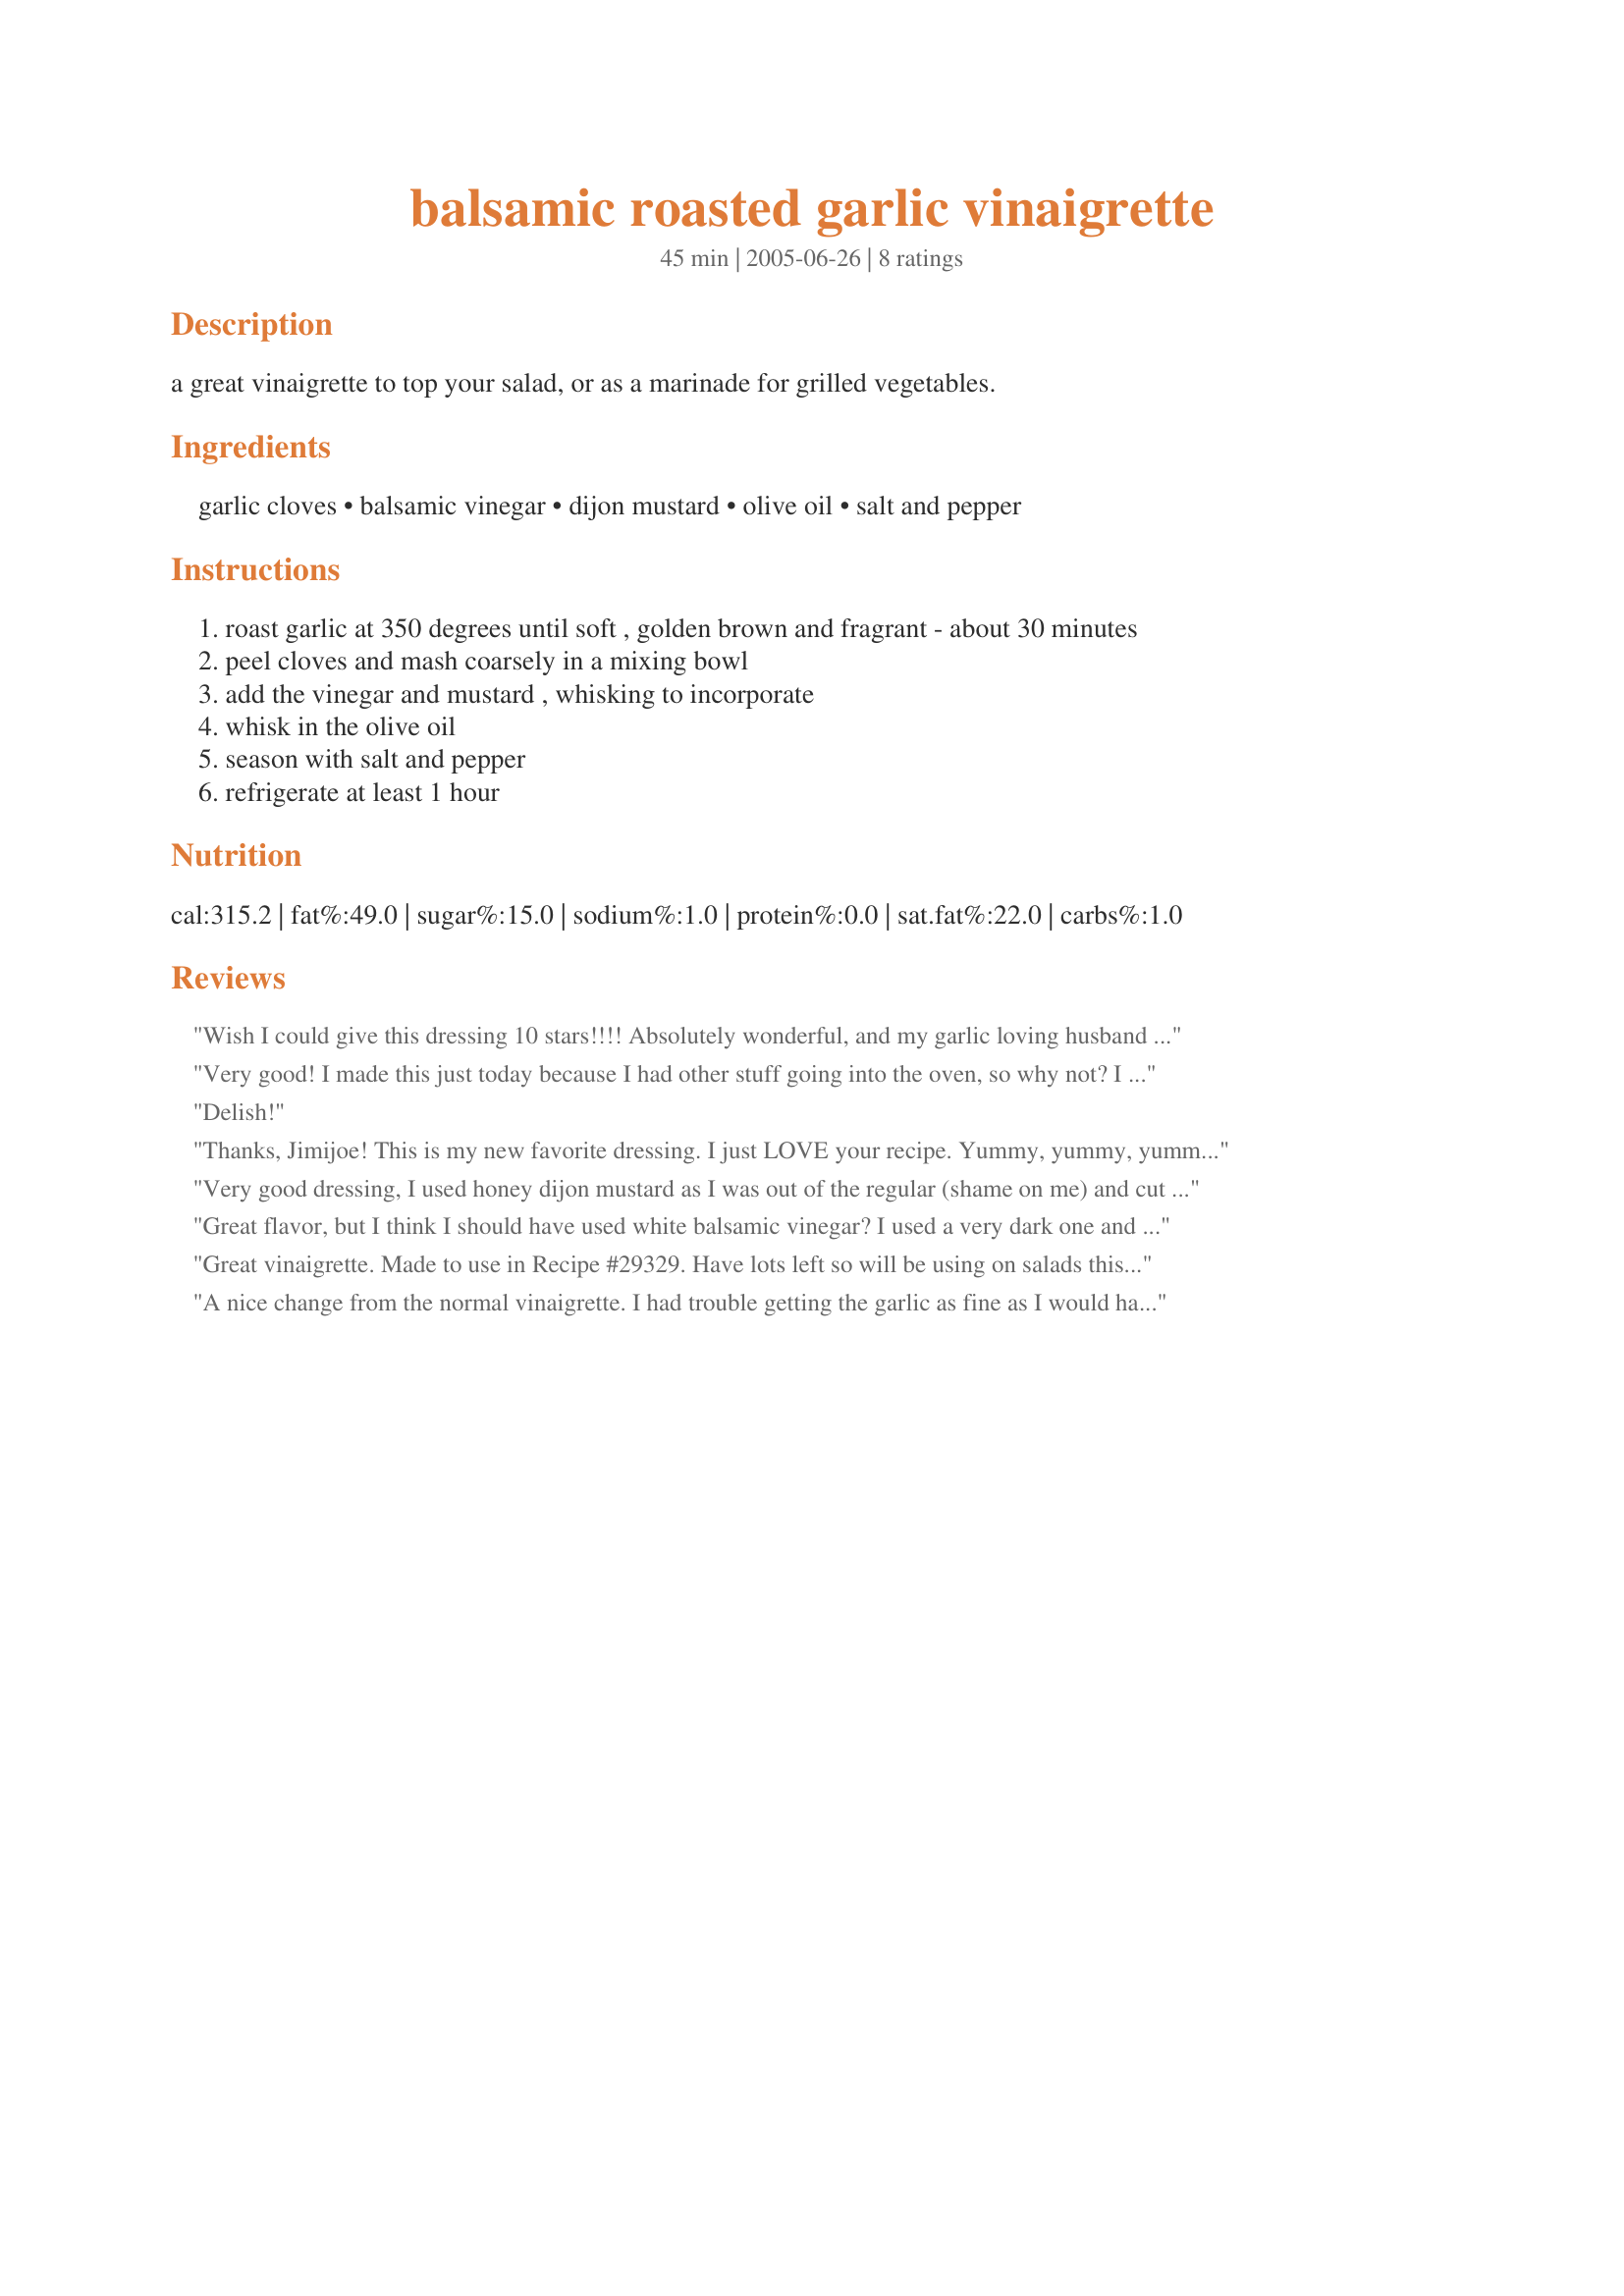
balsamic roasted garlic vinaigrette
Preparation time: 45 minutes

a great vinaigrette to top your salad, or as a marinade for grilled vegetables.

Ingredients:
garlic cloves, balsamic vinegar, dijon mustard, olive oil, salt and pepper

Steps:
roast garlic at 350 degrees until soft , golden brown and fragrant - about 30 minutes
peel cloves and mash coarsely in a mixing bowl
add the vinegar and mustard , whisking to incorporate
whisk in the olive oil
season with salt and pepper
refrigerate at least 1 hour

Reviews:
Wish I could give this dressing 10 stars!!!! Absolutely wonderful, and my garlic loving husband "demanded" that I make this all the time . I also just threw the garlic in the blender and it worked out perfectly. Thanks, Jimijoe, for this excellent dressing.
Very good! I made this just today because I had other stuff going into the oven, so why not? I used about 10 cloves of garlic and glad that I did. I made mine in the Cuisinart because when I tried to mash it with a fork I saw it would take too long. One change I will make in the future is to use less dijon mustard to let the other flavors shine through more. Thanks for posting, Jimijoe 43, with adjustments I'll surely use in the future!
Delish!
Thanks, Jimijoe! This is my new favorite dressing. I just LOVE your recipe. Yummy, yummy, yummy! Like another reviewer, I also had a hard time getting the garlic small enough by mashing it so now I just throw everything into the blender and it all comes out blended perfectly. I add 1/4 tsp. onion powder, 1/2 tsp Italian seasoning and I use a blend of half olive oil and half water to cut down the calories. You can't even notice the water in there- it's delicious.
Very good dressing, I used honey dijon mustard as I was out of the regular (shame on me) and cut the olive oil to 1/2 cup. I can see using this as a marinade for steaks as well.
Great flavor, but I think I should have used white balsamic vinegar? I used a very dark one and ended up with vinaigrette looking like chocolate sauce. I also would add more garlic. Made for Spring 2011 PAC game.
Great vinaigrette. Made to use in Recipe #29329. Have lots left so will be using on salads this week.
A nice change from the normal vinaigrette. I had trouble getting the garlic as fine as I would have liked but otherwise a great basic dressing. Thanks for sharing!
